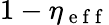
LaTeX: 1-\eta_{\mathrm{~e~f~f~}}